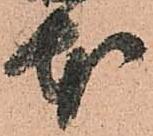
本